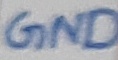
Text: GND